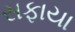
સફાયા